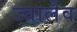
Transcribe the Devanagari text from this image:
ज्वालेव